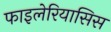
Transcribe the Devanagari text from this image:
फाइलेरियासिस